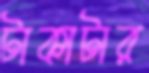
টাকাটার